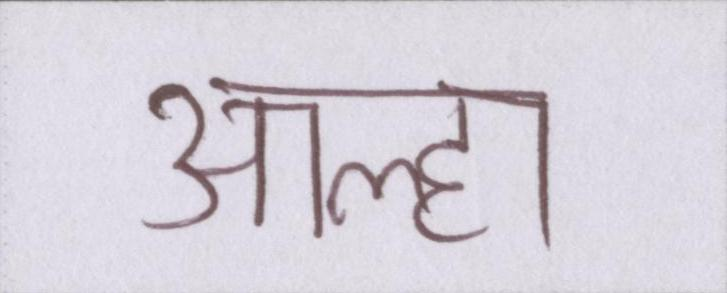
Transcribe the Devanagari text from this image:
आल्हा